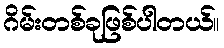
ဂိမ်းတစ်ခုဖြစ်ပါတယ်။